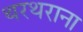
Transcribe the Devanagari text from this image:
थरथराना